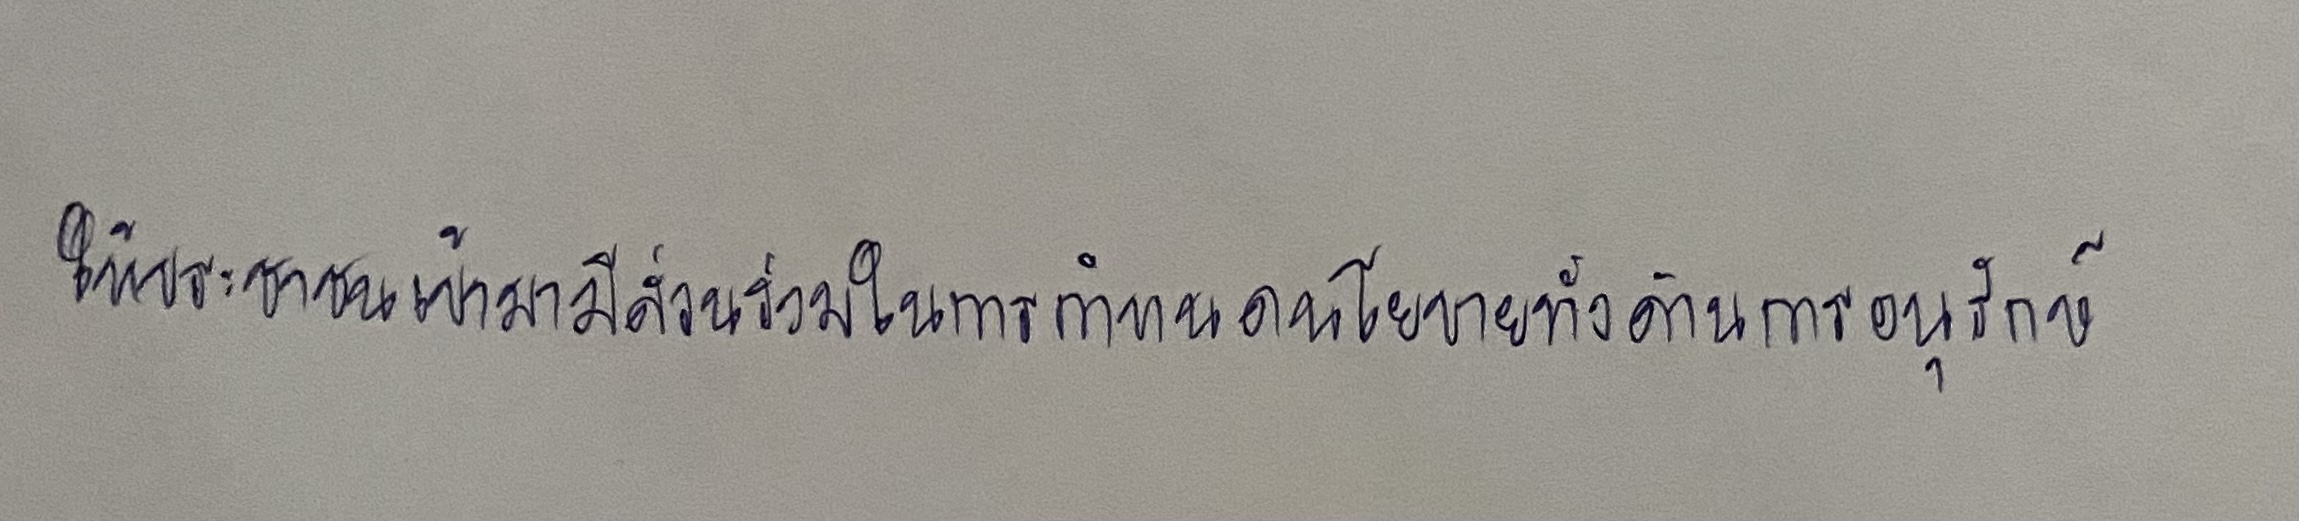
ให้ประชาชนเข้ามามีส่วนร่วมในการกำหนดนโยบายทั้งด้านการอนุรักษ์